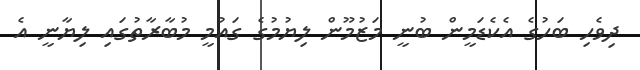
ދިވެހި ބަހުގެ އެކެޑަމީން ބުނީ މަޒުމޫން ލިޔުމުގެ ގައުމީ މުބާރާތުގައި ލިޔާނީ އެ